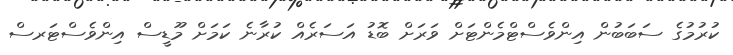
ކުރުމުގެ ސަބަބުން އިންވެސްޓްމެންޓަށް ވަރަށް ބޮޑު އަސަރެއް ކުރާނެ ކަމަށް މޫޑީސް އިންވެސްޓަރސް